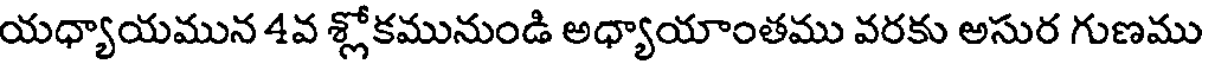
యధ్యాయమున 4వ శ్లోకమునుండి అధ్యాయాంతము వరకు అసుర గుణము